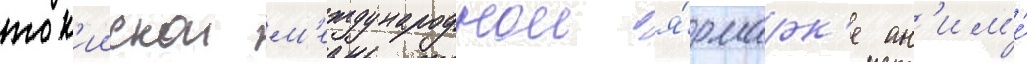
ток'иискои м'еждународнои я́рмарк'е ан'им'е́